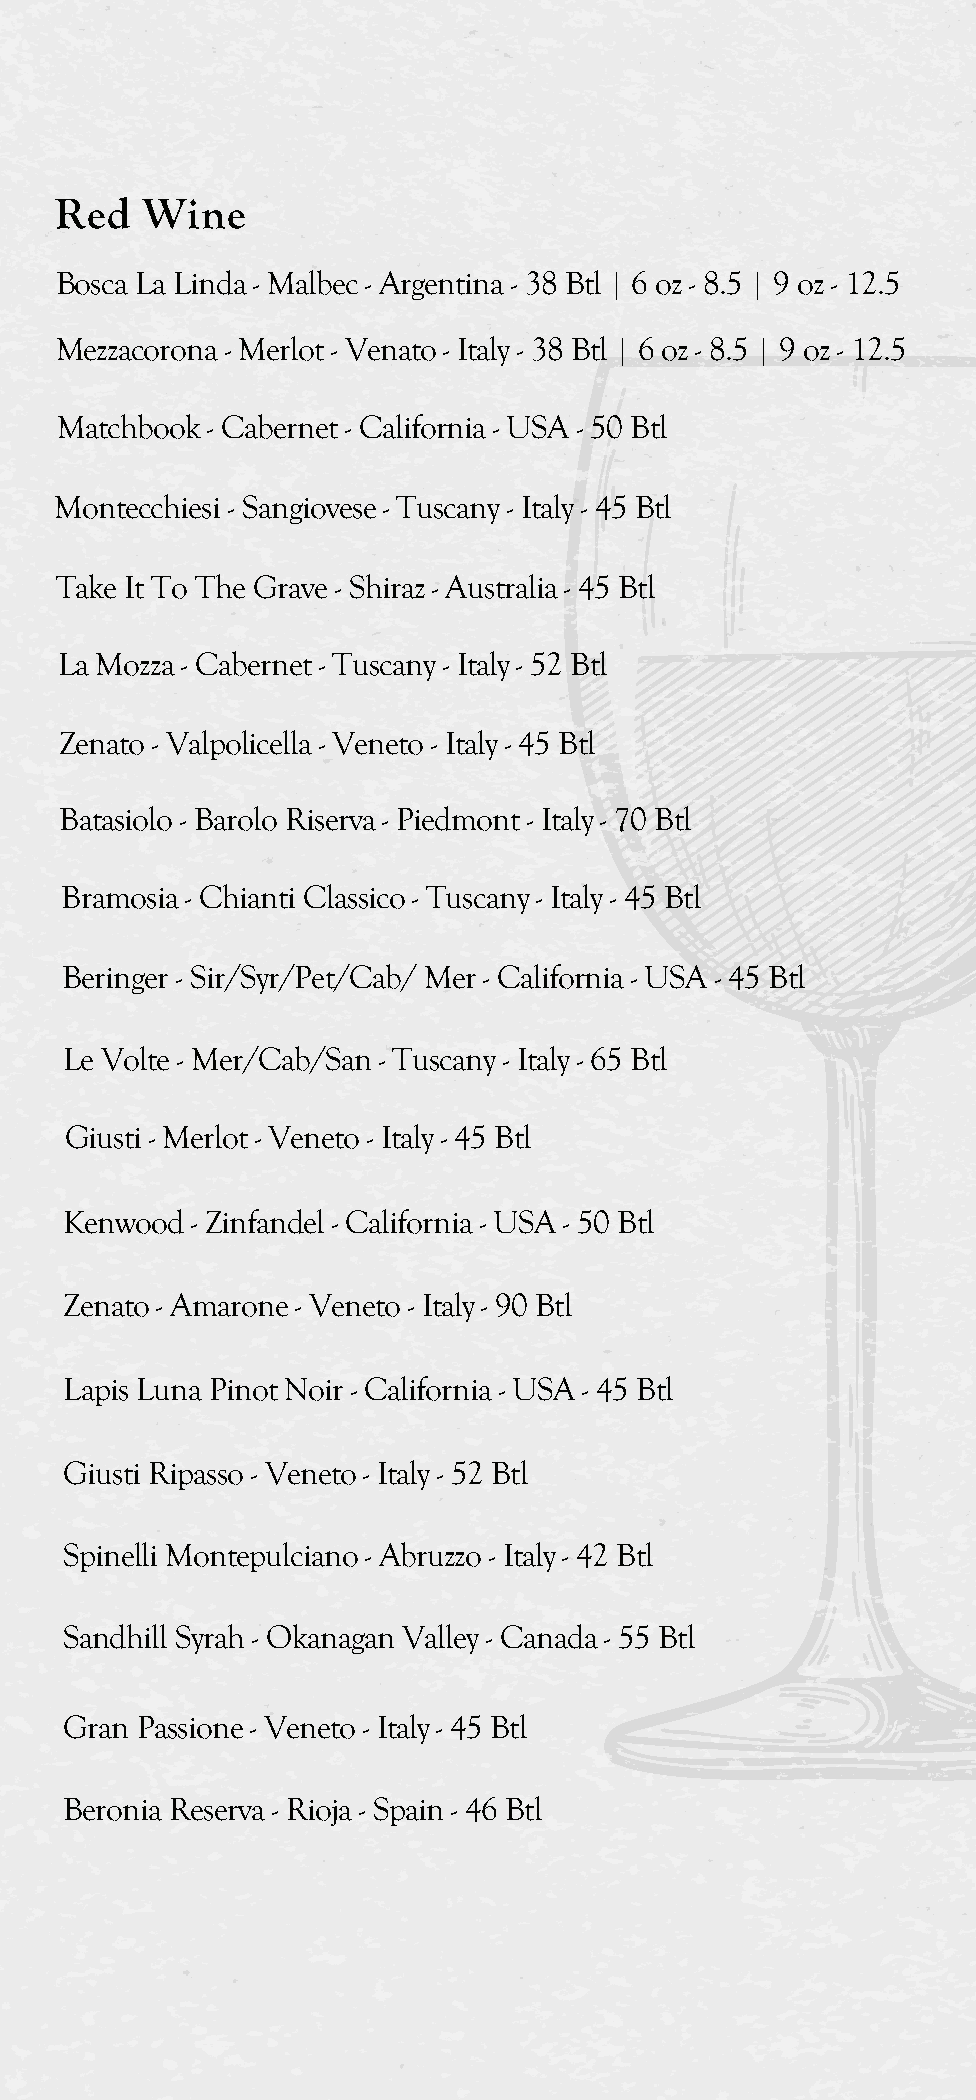
Red  Wine
 Bosca La Linda - Malbec - Argentina - 38 Btl | 6 oz - 8.5 | 9 oz - 12.5
 Mezzacorona - Merlot - Venato - Italy - 38 Btl | 6 oz - 8.5 | 9 oz - 12.5
 Matchbook - Cabernet - California - USA - 50 Btl
 Montecchiesi - Sangiovese - Tuscany - Italy - 45 Btl
 Take It To The Grave - Shiraz - Australia - 45 Btl
 La Mozza - Cabernet - Tuscany - Italy - 52 Btl
 Zenato - Valpolicella - Veneto - Italy - 45 Btl
 Batasiolo - Barolo Riserva - Piedmont - Italy - 70 Btl
 Bramosia - Chianti Classico - Tuscany - Italy - 45 Btl
 Beringer - Sir/Syr/Pet/Cab/ Mer - California - USA - 45 Btl
 Le Volte - Mer/Cab/San - Tuscany - Italy - 65 Btl
 Giusti - Merlot - Veneto - Italy - 45 Btl
 Kenwood  - Zinfandel - California - USA - 50 Btl
 Zenato - Amarone - Veneto - Italy - 90 Btl
 Lapis Luna Pinot Noir - California - USA - 45 Btl
 Giusti Ripasso - Veneto - Italy - 52 Btl
 Spinelli Montepulciano - Abruzzo - Italy - 42 Btl
 Sandhill Syrah - Okanagan Valley - Canada - 55 Btl
 Gran Passione - Veneto - Italy - 45 Btl
 Beronia Reserva - Rioja - Spain - 46 Btl